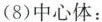
(8)中心体：